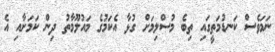
ނަމަވެސް ކަނޑުމަތީގައި ތިބެ މުސްލިމަށް ގުޅާ އެކަމުގެ މައުލޫމާތު ދިން ކަމަށާއި އެ